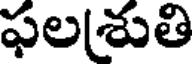
ఫలశ్రుతి